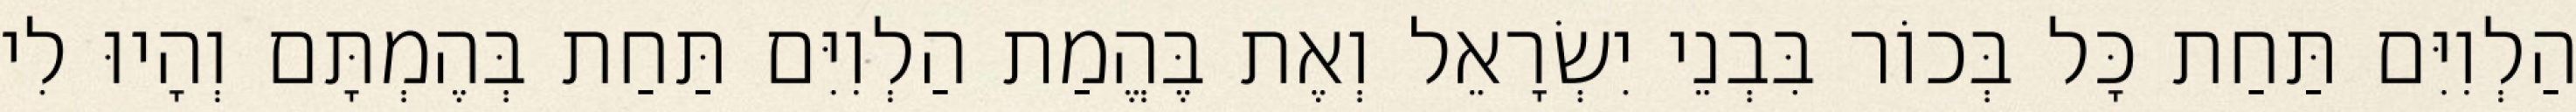
הַלְוִיִּם תַּחַת כָּל בְּכוֹר בִּבְנֵי יִשְׂרָאֵל וְאֶת בֶּהֱמַת הַלְוִיִּם תַּחַת בְּהֶמְתָּם וְהָיוּ לִי